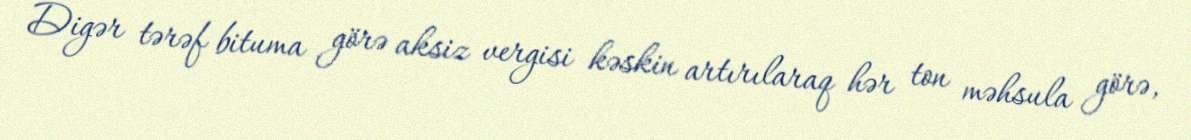
Digər tərəf bituma görə aksiz vergisi kəskin artırılaraq hər ton məhsula görə,